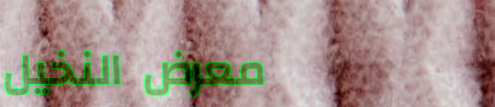
معرض النخيل